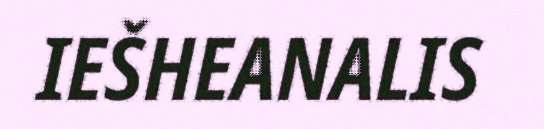
IEŠHEANALIS